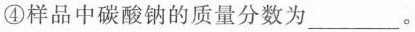
④样品中碳酸钠的质量分数为___。